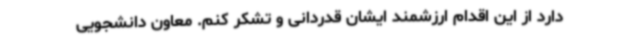
دارد از این اقدام ارزشمند ایشان قدردانی و تشکر کنم. معاون دانشجویی